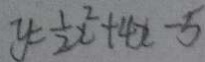
y = \frac { 1 } { 2 } x ^ { 2 } + 4 x - 5